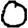
Digit: 0